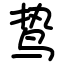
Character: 鸷